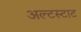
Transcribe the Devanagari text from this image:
अल्टस्टाट